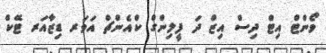
ވޯންޓް އިޓް ދިސް އިޒް ދަ ފީލިންގް ކްއެންޗް އަވަރ ޑިޒާއަރ ޓޭކް